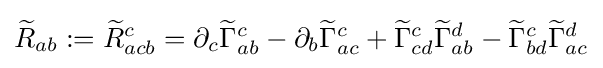
{\widetilde {R}}_{ab}:={\widetilde {R}}_{acb}^{c}=\partial _{c}{\widetilde {\Gamma }}_{ab}^{c}-\partial _{b}{\widetilde {\Gamma }}_{ac}^{c}+{\widetilde {\Gamma }}_{cd}^{c}{\widetilde {\Gamma }}_{ab}^{d}-{\widetilde {\Gamma }}_{bd}^{c}{\widetilde {\Gamma }}_{ac}^{d}